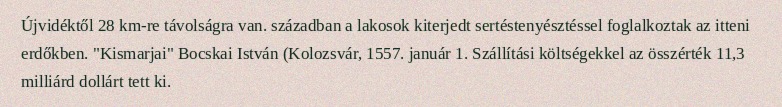
Újvidéktől 28 km-re távolságra van. században a lakosok kiterjedt sertéstenyésztéssel foglalkoztak az itteni erdőkben. "Kismarjai" Bocskai István (Kolozsvár, 1557. január 1. Szállítási költségekkel az összérték 11,3 milliárd dollárt tett ki.